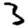
Digit: 3